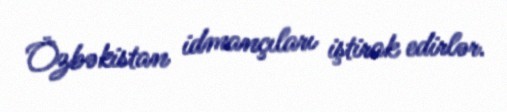
Özbəkistan idmançıları iştirak edirlər.